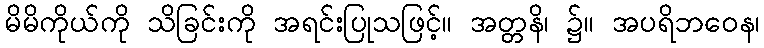
မိမိကိုယ်ကို သိခြင်းကို အရင်းပြုသဖြင့်။ အတ္တနိ၊ ၌။ အပရိဘဝေန၊